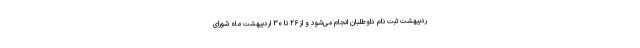
ردیبهشت ثبت نام داوطلبان انجام می‌شود و از ۲۶ تا ۳۰ اردیبهشت ماه شورای